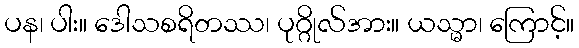
ပန၊ ပါး။ ဒေါသစရိတဿ၊ ပုဂ္ဂိုလ်အား။ ယသ္မာ၊ ကြောင့်။